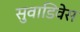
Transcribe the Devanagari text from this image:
सुवाडिवेस